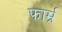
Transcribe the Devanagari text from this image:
फार्म्र